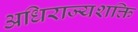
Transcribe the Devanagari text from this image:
अधिराज्यशक्ति